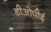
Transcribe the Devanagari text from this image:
डीओपीई